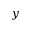
y